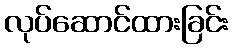
လုပ်ဆောင်ထားခြင်း